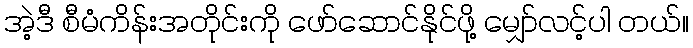
အဲ့ဒီ စီမံကိန်းအတိုင်းကို ဖော်ဆောင်နိုင်ဖို့ မျှော်လင့်ပါ တယ်။